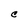
Character: C